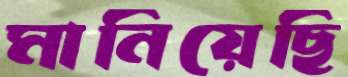
মানিয়েছি